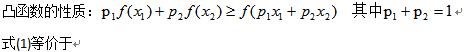
凸函数的性质：$p_1f(x_1) + p_2f(x_2) \geq f(p_1x_1 + p_2x_2)$ 其中$p_1 + p_2 = 1$
式(1)等价于